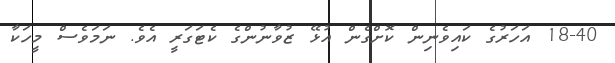
18-40 އަހަރުގެ ކައިވެނިން ކޮށްގެން އުޅޭ ޒުވާނުންގެ ކެޓަގަރީ އެވެ. ނަމަވެސް މީހަކާ